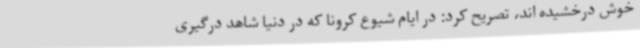
خوش درخشیده اند، تصریح کرد: در ایام شیوع کرونا که در دنیا شاهد درگیری